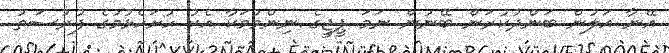
އޭނާ އަލުން ބަންދުކުރަން ބޭނުން ނަމަ ޕީޖީގެ ނިންމުމަކާ އެކު ހުށަހެޅުމުގެ ފުރުސަތު